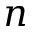
n